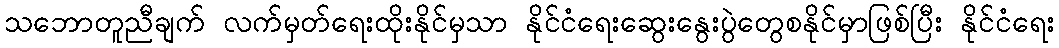
သဘောတူညီချက် လက်မှတ်ရေးထိုးနိုင်မှသာ နိုင်ငံရေးဆွေးနွေးပွဲတွေစနိုင်မှာဖြစ်ပြီး နိုင်ငံရေး